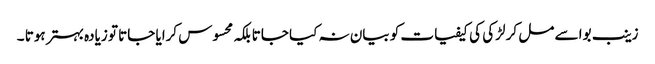
زینب بوا سے مل کر لڑکی کی کیفیات کو بیان نہ کیا جاتا بلکہ محسوس کرایا جاتا تو زیادہ بہتر ہوتا ۔